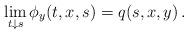
LaTeX: \begin{align*}\lim_{t\downarrow s}\phi_y(t,x,s)=q(s,x,y)\, .\end{align*}